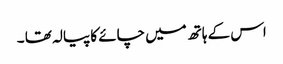
اس کے ہاتھ میں چائے کا پیالہ تھا ۔